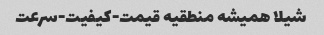
شیلا همیشه منطقیه قیمت-کیفیت-سرعت